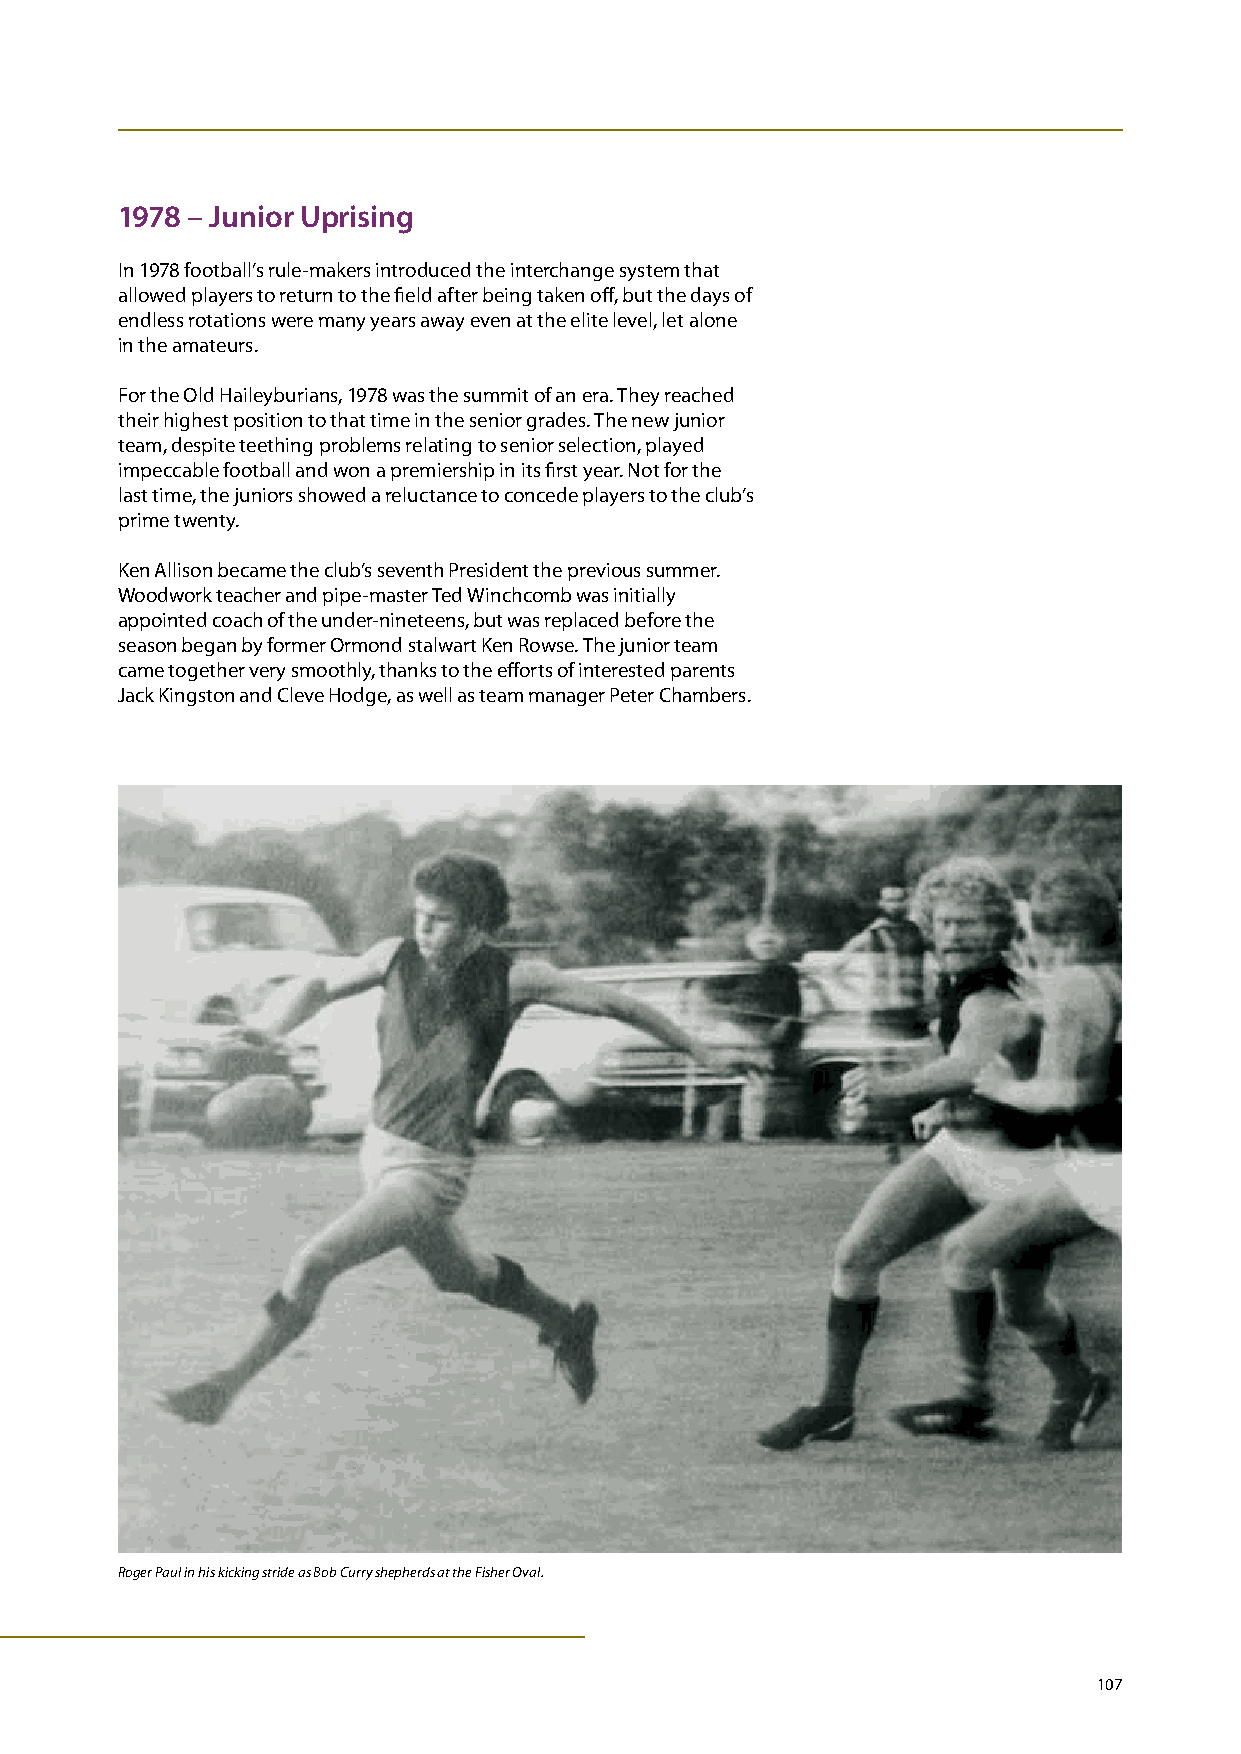
1978 – Junior uprising
 In 1978 football’s rule-makers introduced the interchange system that
 allowed players to return to the field after being taken off, but the days of
 endless rotations were many years away even at the elite level, let alone
 in the amateurs.
 For the Old Haileyburians, 1978 was the summit of an era. They reached
 their highest position to that time in the senior grades. The new junior
 team, despite teething problems relating to senior selection, played
 impeccable football and won a premiership in its first year. Not for the
 last time, the juniors showed a reluctance to concede players to the club’s
 prime twenty.
 Ken Allison became the club’s seventh President the previous summer.
 Woodwork teacher and pipe-master Ted Winchcomb was initially
 appointed coach of the under-nineteens, but was replaced before the
 season began by former Ormond stalwart Ken Rowse. The junior team
 came together very smoothly, thanks to the efforts of interested parents
 Jack Kingston and Cleve Hodge, as well as team manager Peter Chambers.
 Roger Paul in his kicking stride as Bob Curry shepherds at the Fisher Oval.
 107